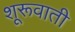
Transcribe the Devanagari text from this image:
शूरूवाती